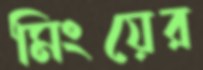
মিংয়ের